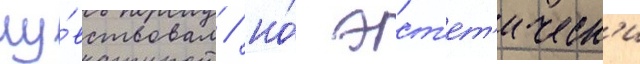
чу́вствовал / но́ эст'ет'ическ'и